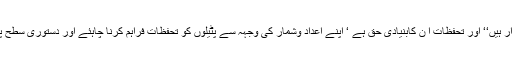
انہوں نے کہاکہ ’’ گجرات میں 1.5کروڑ پاٹیدار ہیں‘‘ اور تحفظات ا ن کابنیادی حق ہے ‘ اپنے اعداد وشمار کی وجہہ سے پٹیلوں کو تحفظات فراہم کرنا چاہئے اور دستوری سطح پر یہ ریاستی حکومت کے لئے ممکن بھی ہے۔